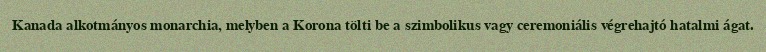
Kanada alkotmányos monarchia, melyben a Korona tölti be a szimbolikus vagy ceremoniális végrehajtó hatalmi ágat.